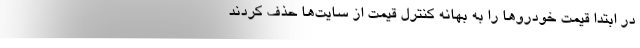
در ابتدا قیمت خودروها را به بهانه کنترل قیمت از سایت‌ها حذف کردند